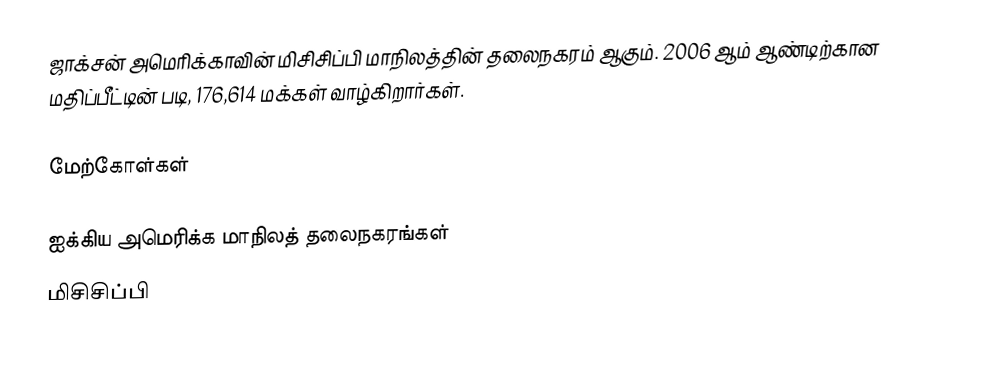
ஜாக்சன் அமெரிக்காவின் மிசிசிப்பி மாநிலத்தின் தலைநகரம் ஆகும். 2006 ஆம் ஆண்டிற்கான மதிப்பீட்டின் படி, 176,614 மக்கள் வாழ்கிறார்கள்.

மேற்கோள்கள்

ஐக்கிய அமெரிக்க மாநிலத் தலைநகரங்கள்
மிசிசிப்பி